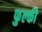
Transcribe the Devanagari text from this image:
फुल्‍की